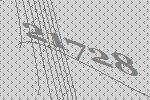
21728